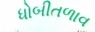
ધોબીતળાવ